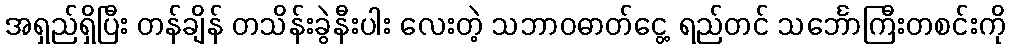
အရှည်ရှိပြီး တန်ချိန် တသိန်းခွဲနီးပါး လေးတဲ့ သဘာဝဓာတ်ငွေ့ ရည်တင် သင်္ဘောကြီးတစင်းကို